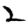
Digit: 2